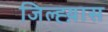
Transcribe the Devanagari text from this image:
जिल्ह्य़ास